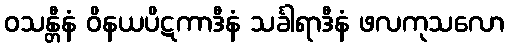
ဝသန္တီနံ ဝိနယပိဋကာဒီနံ သင်္ခါရာဒီနံ ဖလကုသလော